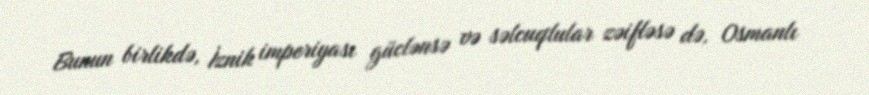
Bunun birlikdə, İznik imperiyası güclənsə və səlcuqlular zəifləsə də, Osmanlı